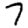
Digit: 7